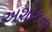
અશોકના